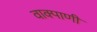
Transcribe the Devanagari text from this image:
वाक्पाणी